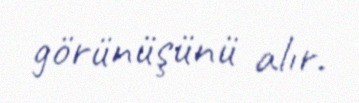
görünüşünü alır.